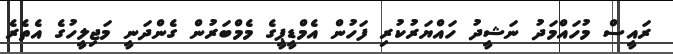
ރައީސް މުހައްމަދު ނަޝީދު ހައްޔަރުކުރި ފަހުން އެމްޑީޕީގެ މެމްބަރުން ގެންދަނީ މަޖިލީހުގެ އެތެރެ